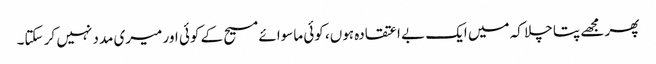
پھر مجھے پتا چلا کہ میں ایک بے اعتقادہ ہوں، کوئی ماسوائے مسیح کے کوئی اور میری مدد نہیں کر سکتا۔